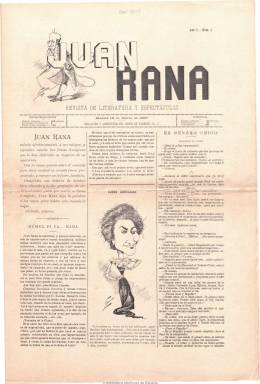
Título: Juan Rana
Colección: Teatro || Espectáculos || Revistas satíricas y humorísticas
Ámbito geográfico: Madrid
Lugar de publicación: Madrid
Fechas: 18/03/1897-17/03/1906

Nace como “revista de literatura y espectáculos” para cambiar pronto, en su segunda época, a “revista satírica e ilustrada”. De periodicidad semanal, sale primero los jueves y después los viernes. Incluye caricaturas, dibujos e historietas satíricas, cuyos autores son Jovar y R. Soriano. Con textos en prosa y verso sobre música, actualidad teatral y circense, charadas, epigramas, comentarios sueltos, curiosidades, narraciones y diálogos, para después incluir también comentarios y caricaturas de tipo eminentemente político y de actualidad, así como anuncios comerciales. Los autores de algunos de sus textos, muchos de ellos firmados con seudónimo, corresponden a Juan de Madrid, seudónimo de Julio Nombelal (1836-1919); Azorín (1873-1967), Eusebio Blasco (1844-1903), Luis Bonafoux (1855-1918), Jacinto Benavente (1866-1954) o Manuel Bueno y, sobre todo, al propio Juan Rana.

Su principal dibujante y caricaturista fue el sevillano Pedro de Rojas (1872-1947), que en 1906 se afincó definitivamente en Buenos Aires, donde falleció. De cuatro páginas al principio, la revista, con cierto carácter ácrata, tuvo después ocho páginas y cinco épocas.